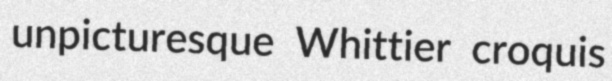
unpicturesque Whittier croquis